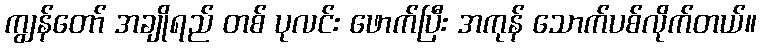
ကျွန်တော် အချိုရည် တစ် ပုလင်း ဖောက်ပြီး အကုန် သောက်ပစ်လိုက်တယ်။